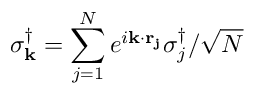
\sigma _ { \mathbf { k } } ^ { \dagger } = \sum _ { j = 1 } ^ { N } e ^ { i \mathbf { k } \cdot \mathbf { r _ { j } } } \sigma _ { j } ^ { \dagger } / \sqrt { N }